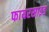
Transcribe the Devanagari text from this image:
फायरसाइड